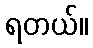
ရတယ်။